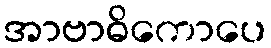
အာဗာဓိကောပေ